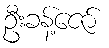
ဦးခန့်ဇော်